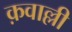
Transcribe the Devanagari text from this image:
क़वाल्ली